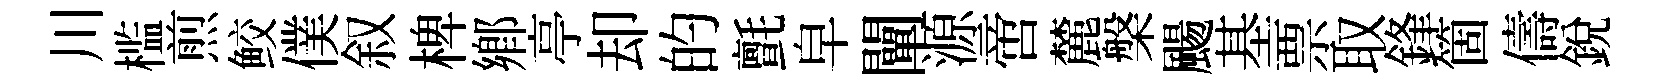
川槛煎鲛僕叙椑鄕亭却的氈皁闡源啻麓槃颺基票取鋒箇儔銳